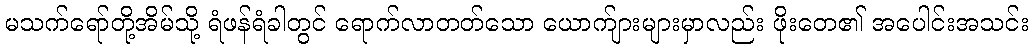
မသက်ရော်တို့အိမ်သို့ ရံဖန်ရံခါတွင် ရောက်လာတတ်သော ယောက်ျားများမှာလည်း ဖိုးတေ၏ အပေါင်းအသင်း